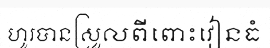
ហូរបានស្រួលពីពោះវៀនធំ